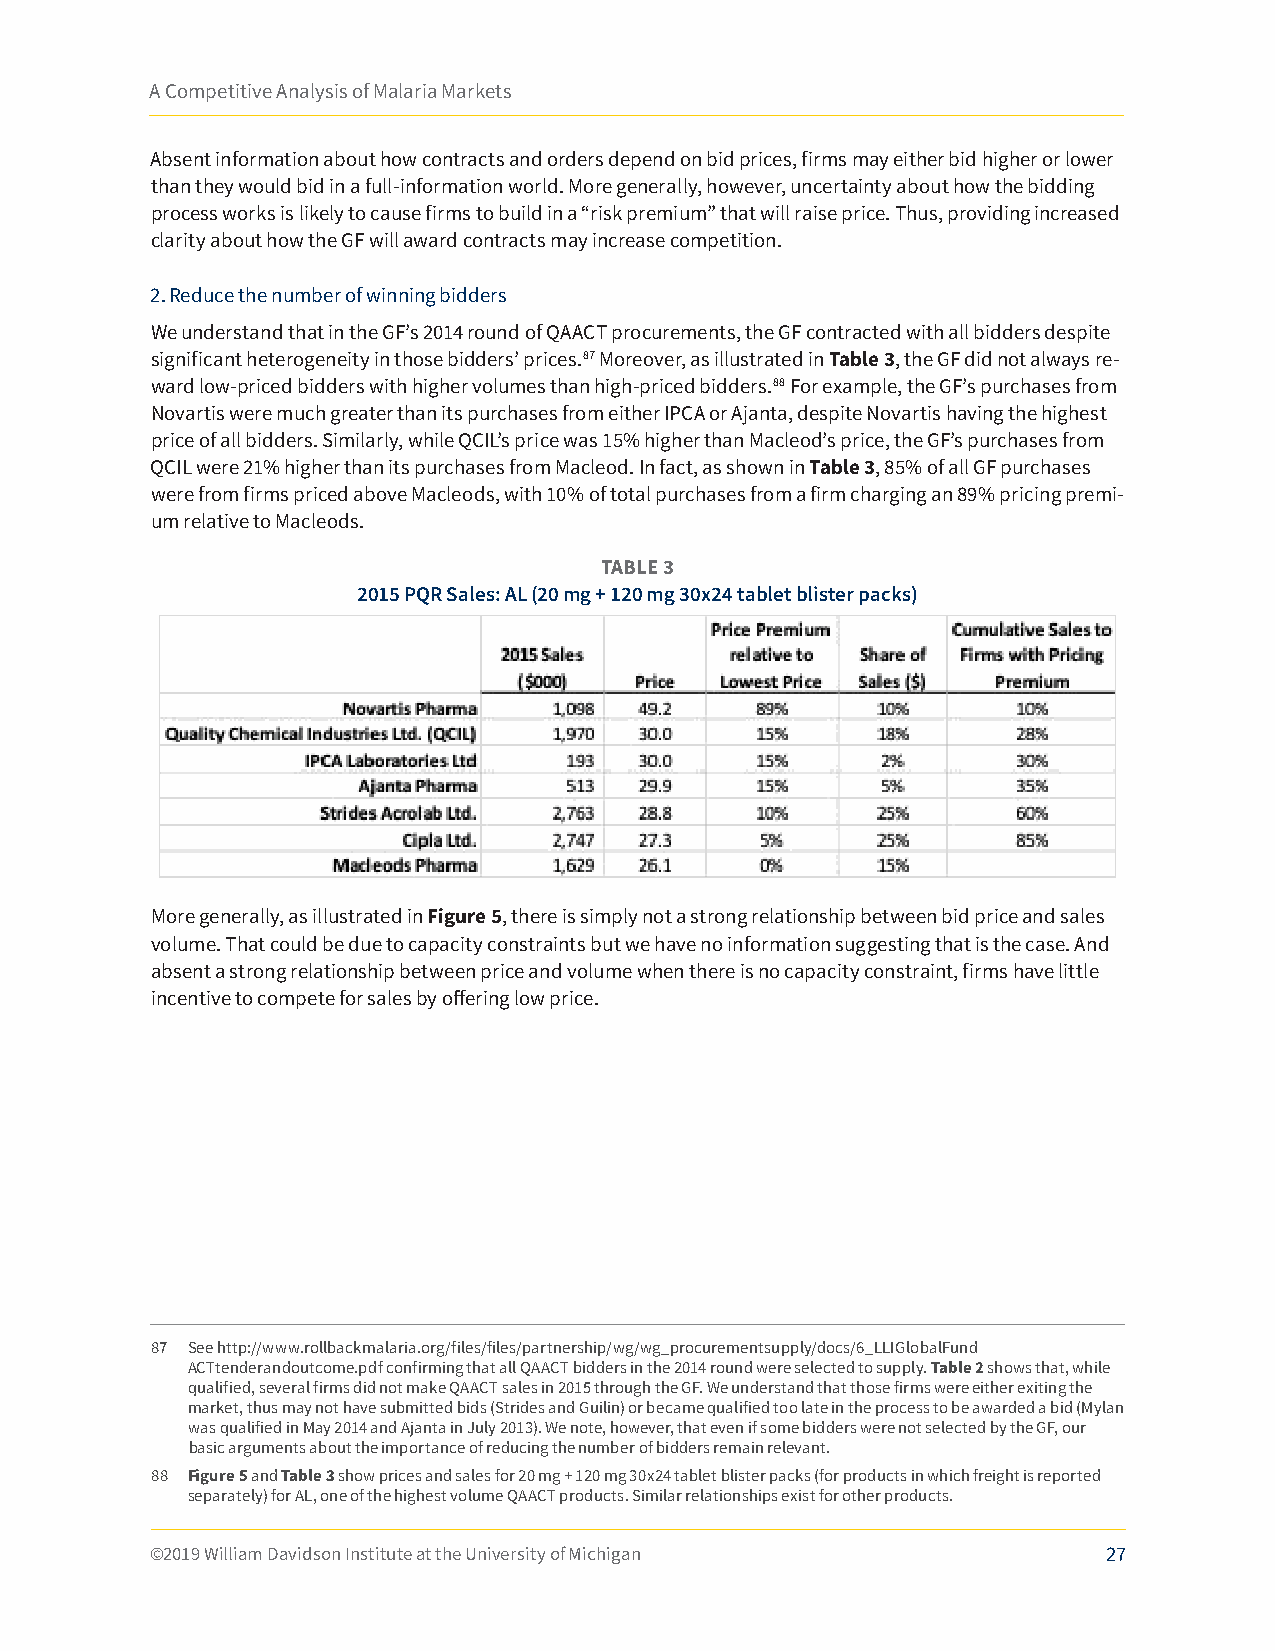
A Competitive Analysis of Malaria Markets
 Absent information about how contracts and orders depend on bid prices, firms may either bid higher or lower
 than they would bid in a full-information world. More generally, however, uncertainty about how the bidding
 process works is likely to cause firms to build in a “risk premium” that will raise price. Thus, providing increased
 clarity about how the GF will award contracts may increase competition.
 2. Reduce the number of winning bidders
 We understand that in the GF’s 2014 round of QAACT procurements, the GF contracted with all bidders despite
 significant heterogeneity in those bidders’ prices.87 Moreover, as illustrated in Table 3, the GF did not always re-
 ward low-priced bidders with higher volumes than high-priced bidders.88 For example, the GF’s purchases from
 Novartis were much greater than its purchases from either IPCA or Ajanta, despite Novartis having the highest
 price of all bidders. Similarly, while QCIL’s price was 15% higher than Macleod’s price, the GF’s purchases from
 QCIL were 21% higher than its purchases from Macleod. In fact, as shown in Table 3, 85% of all GF purchases
 were from firms priced above Macleods, with 10% of total purchases from a firm charging an 89% pricing premi-
 um relative to Macleods.
 TABLE 3
 2015 PQR Sales: AL (20 mg + 120 mg 30x24 tablet blister packs)
 More generally, as illustrated in Figure 5, there is simply not a strong relationship between bid price and sales
 volume. That could be due to capacity constraints but we have no information suggesting that is the case. And
 absent a strong relationship between price and volume when there is no capacity constraint, firms have little
 incentive to compete for sales by offering low price.
 87 See http://www.rollbackmalaria.org/files/files/partnership/wg/wg_procurementsupply/docs/6_LLIGlobalFund
 ACTtenderandoutcome.pdf confirming that all QAACT bidders in the 2014 round were selected to supply. Table 2 shows that, while
 qualified, several firms did not make QAACT sales in 2015 through the GF. We understand that those firms were either exiting the
 market, thus may not have submitted bids (Strides and Guilin) or became qualified too late in the process to be awarded a bid (Mylan
 was qualified in May 2014 and Ajanta in July 2013). We note, however, that even if some bidders were not selected by the GF, our
 basic arguments about the importance of reducing the number of bidders remain relevant.
 88 Figure 5 and Table 3 show prices and sales for 20 mg + 120 mg 30x24 tablet blister packs (for products in which freight is reported
 separately) for AL, one of the highest volume QAACT products. Similar relationships exist for other products.
 ©2019 William Davidson Institute at the University of Michigan 27